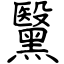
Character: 黳